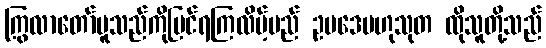
ကြွလာတော်မူသည်ကိုမြင်ရကြလိမ့်မည် ဥပဒေဗဟုသုတ ထိုသူတို့သည်